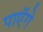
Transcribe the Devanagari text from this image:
पाएॅगे